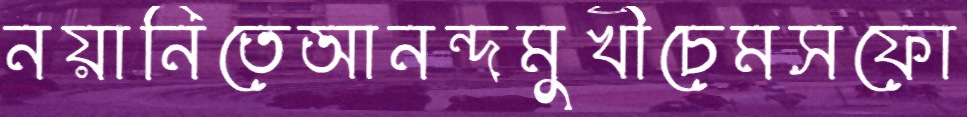
নয়ানিতেআনন্দমুখীচেমসফো